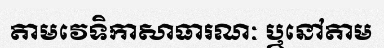
តាមវេទិកាសាធារណៈ ឬនៅតាម